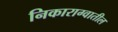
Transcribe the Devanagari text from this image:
निकाराग्वातील